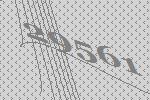
29561